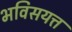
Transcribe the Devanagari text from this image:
भविसयत्त